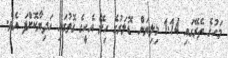
މަހުގެ ތެރޭގައި 1.14 މިލިޔަން ޑޮލަރުގެ ހިލޭ އެހީގެ ގޮތުގައި ހަދިޔާކޮށްފަ އެވެ.